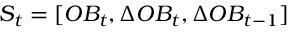
S _ { t } = [ O B _ { t } , \Delta O B _ { t } , \Delta O B _ { t - 1 } ]